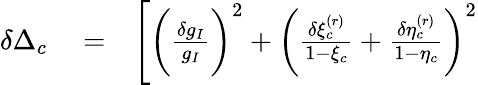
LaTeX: \begin{array}{rlr}{\delta\Delta_{c}}&{{}=}&{\Bigg[\bigg(\frac{\delta g_{I}}{g_{I}}\bigg)^{2}+\bigg(\frac{\delta\xi_{c}^{(r)}}{1-\xi_{c}}+\frac{\delta\eta_{c}^{(r)}}{1-\eta_{c}}\bigg)^{2}}\end{array}